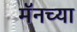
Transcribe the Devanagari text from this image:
मॅनच्या